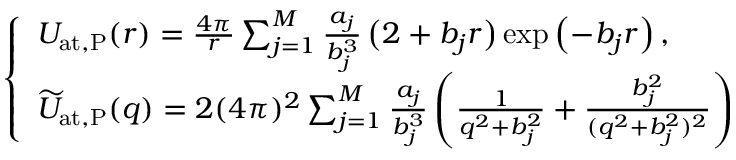
\begin{array} { r } { \left\{ \begin{array} { l l } { U _ { \mathrm { a t , P } } ( r ) = { \frac { 4 \pi } { r } } \sum _ { j = 1 } ^ { M } { \frac { a _ { j } } { b _ { j } ^ { 3 } } } \, \bigl ( 2 + b _ { j } r \bigr ) \exp \left( - b _ { j } r \right) , } \\ { \widetilde { U } _ { \mathrm { a t , P } } ( q ) = 2 ( 4 \pi ) ^ { 2 } \sum _ { j = 1 } ^ { M } { \frac { a _ { j } } { b _ { j } ^ { 3 } } } \left( { \frac { 1 } { q ^ { 2 } + b _ { j } ^ { 2 } } } + { \frac { b _ { j } ^ { 2 } } { ( q ^ { 2 } + b _ { j } ^ { 2 } ) ^ { 2 } } } \right) } \end{array} \right. } \end{array}